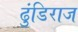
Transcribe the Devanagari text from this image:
ढुंडिराज